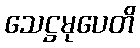
သေဋ္ဌမုပေတိ